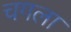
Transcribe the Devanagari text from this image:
चगला